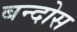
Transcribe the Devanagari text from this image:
बन्दोस